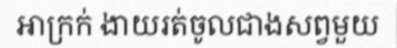
អាក្រក់ ងាយរត់ចូលជាងសព្វមួយ